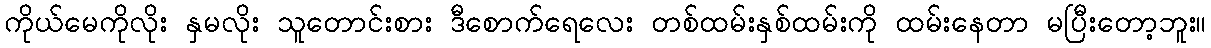
ကိုယ်မေကိုလိုး နှမလိုး သူတောင်းစား ဒီစောက်ရေလေး တစ်ထမ်းနှစ်ထမ်းကို ထမ်းနေတာ မပြီးတော့ဘူး။